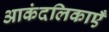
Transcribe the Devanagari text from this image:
आकंदलिकाएँ